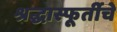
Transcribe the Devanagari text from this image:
श्रद्धास्फूर्तीचे